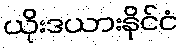
ယိုးဒယားနိုင်ငံ